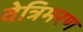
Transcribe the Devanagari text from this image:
वेत्रिमरण